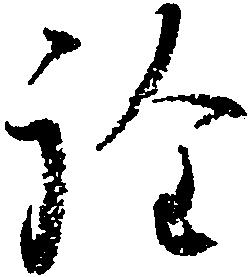
詮